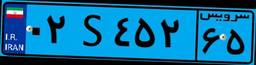
۰۸S۶۶۶۵۶